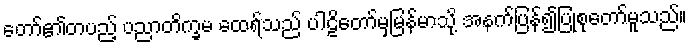
တော်၏တပည့် ပညာတိက္ခမ ထေရ်သည် ပါဠိတော်မှမြန်မာသို့ အနက်ပြန်၍ပြုစုတော်မူသည်။